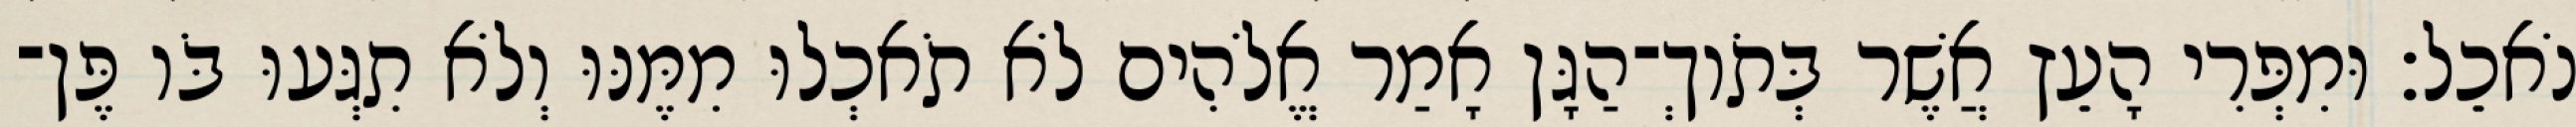
נֹאכֵל׃ וּמִפְּרִי הָעֵץ אֲשֶׁר בְּתֹוךְ־הַגָּן אָמַר אֱלֹהִים לֹא תֹאכְלוּ מִמֶּנּוּ וְלֹא תִגְּעוּ בֹּו פֶּן־